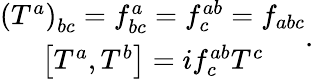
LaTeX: \begin{array}{c}{{\left(T^{a}\right)_{bc}=f_{bc}^{a}=f_{c}^{ab}=f_{abc}}}\\ {{\left[T^{a},T^{b}\right]=if_{c}^{ab}T^{c}}}\end{array}{}.